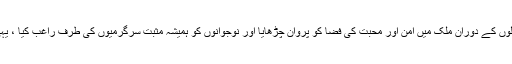
انہوں نے کہا کہ انجمن طلباء اسلام نے اپنے قیام سے لے کر آج تک پچاس سالوں کے دوران ملک میں امن اور محبت کی فضا کو پروان چڑھایا اور نوجوانوں کو ہمیشہ مثبت سرگرمیوں کی طرف راغب کیا ، یہی وجہ کہ انجمن طلباء اسلام ملک بھر کے طلباء کی ہر دل عزیز جماعت ہے۔